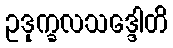
ဥဒုက္ခလသဒ္ဒေါတိ